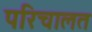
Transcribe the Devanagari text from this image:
परिचालत